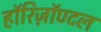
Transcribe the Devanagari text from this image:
हॉरिज़ॉण्टल